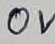
Text: 0V